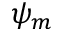
\psi _ { m }